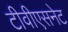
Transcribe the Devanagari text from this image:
टीवीएसनेट